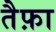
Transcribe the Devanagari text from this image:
तैफ़ा